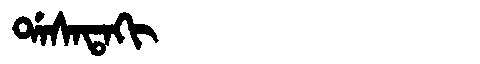
Manchu: ᡩᠠᠰᠠᡨᠠᡴᡳ
Romanization: DASATAKI